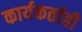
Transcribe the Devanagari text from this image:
कार्यकर्ताही